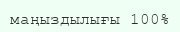
маңыздылығы 100%